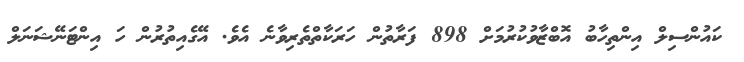
ކައުންސިލް އިންތިހާބު އޮބްޒާވުކުރުމަށް 898 ފަރާތުން ހަރަކާތްތެރިވާނެ އެވެ. އޭގެއިތުރުން ހަ އިންޓަނޭޝަނަލް